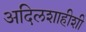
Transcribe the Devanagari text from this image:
अदिलशाहीशी